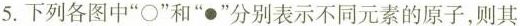
5.下列各图中”○”和”●”分别表示不同元素的原子，则其